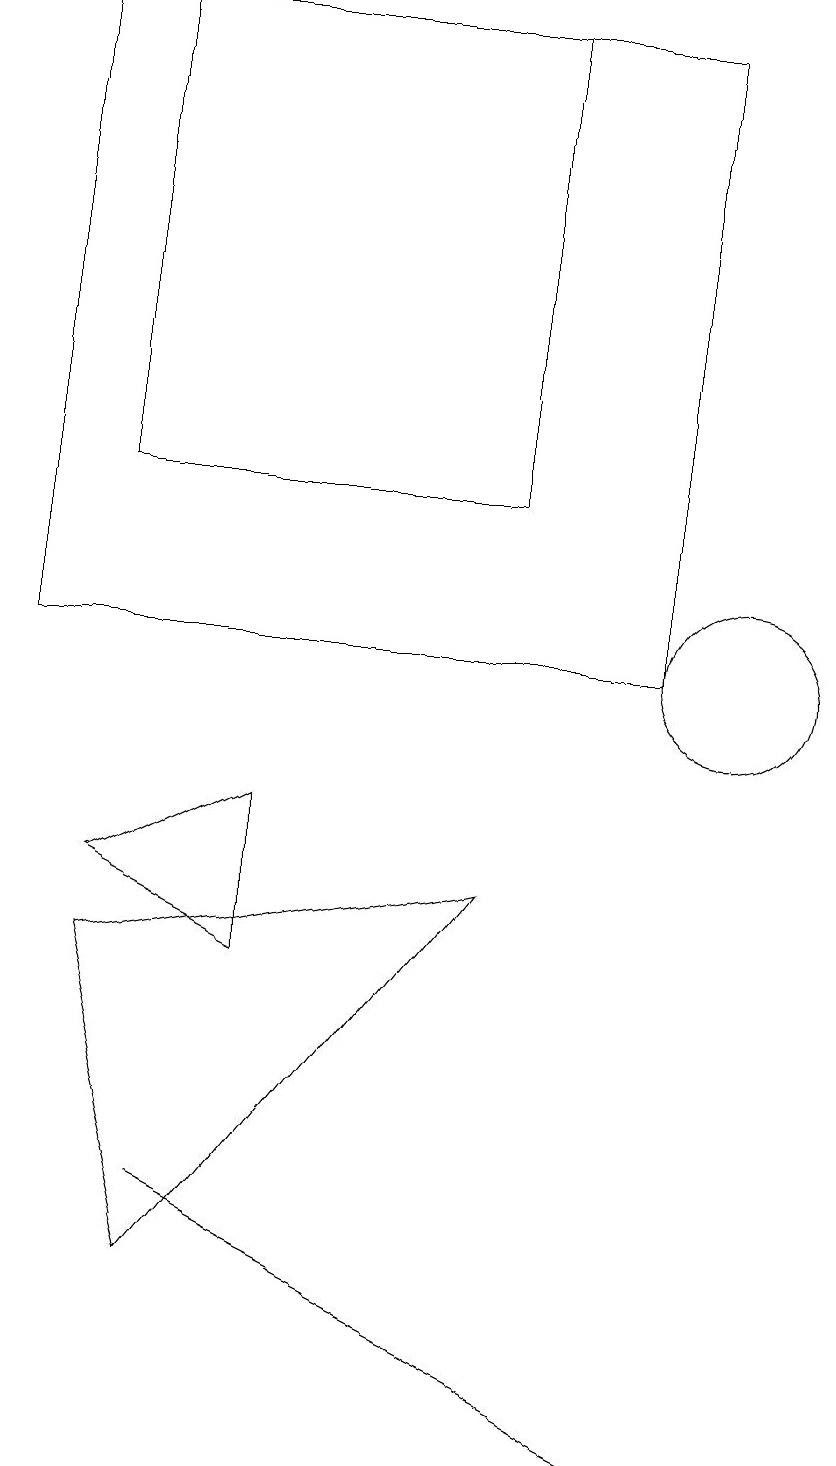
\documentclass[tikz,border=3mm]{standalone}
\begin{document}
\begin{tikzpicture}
\draw (9,1) -- (3,4) -- (5,3) -- cycle;
\draw (10,11) circle (1);
\draw (4,9) -- (2,8) -- (4,7) -- cycle;
\draw (2,19) rectangle (7,13);
\draw (1,11) rectangle (9,19);
\draw (3,3) -- (7,8) -- (2,7) -- cycle;
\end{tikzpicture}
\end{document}